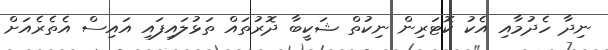
ނިދާ ހެދުމާއި އެކު ކޮޓަރިން ނިކުތް ޝަކީބާ ދޮރުތައް ތަޅުލައިފައި އައިސް އެތެރެއަށް